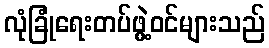
လုံခြုံရေးတပ်ဖွဲ့ဝင်များသည်